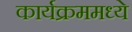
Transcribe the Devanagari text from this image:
कार्यक्रममध्ये